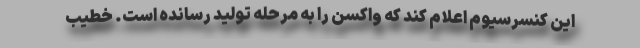
این کنسرسیوم اعلام کند که واکسن را به مرحله تولید رسانده است. خطیب